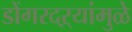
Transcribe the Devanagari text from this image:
डोंगरदऱ्यांमुळे